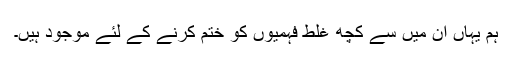
ہم یہاں ان میں سے کچھ غلط فہمیوں کو ختم کرنے کے لئے موجود ہیں۔